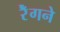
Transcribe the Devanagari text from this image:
रेँगने